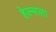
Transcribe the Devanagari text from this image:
हेल्सला